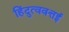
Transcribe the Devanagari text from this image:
हिंदुत्ववत्तई